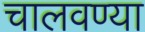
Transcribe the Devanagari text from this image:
चालवण्या